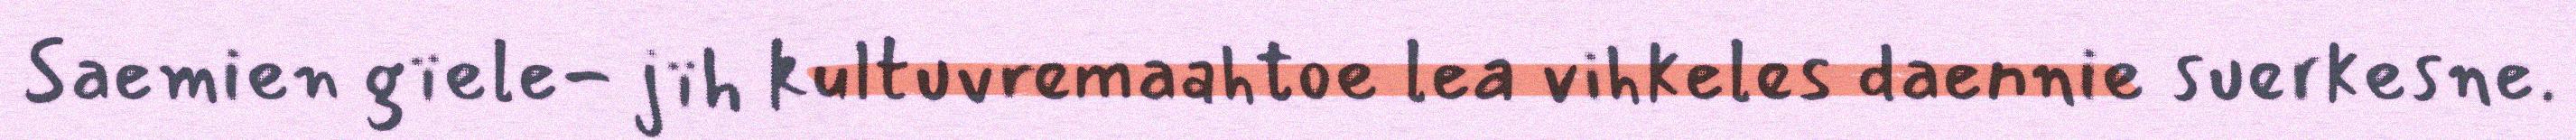
Saemien gïele- jïh kultuvremaahtoe lea vihkeles daennie suerkesne.